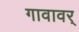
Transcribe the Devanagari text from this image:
गावावर्